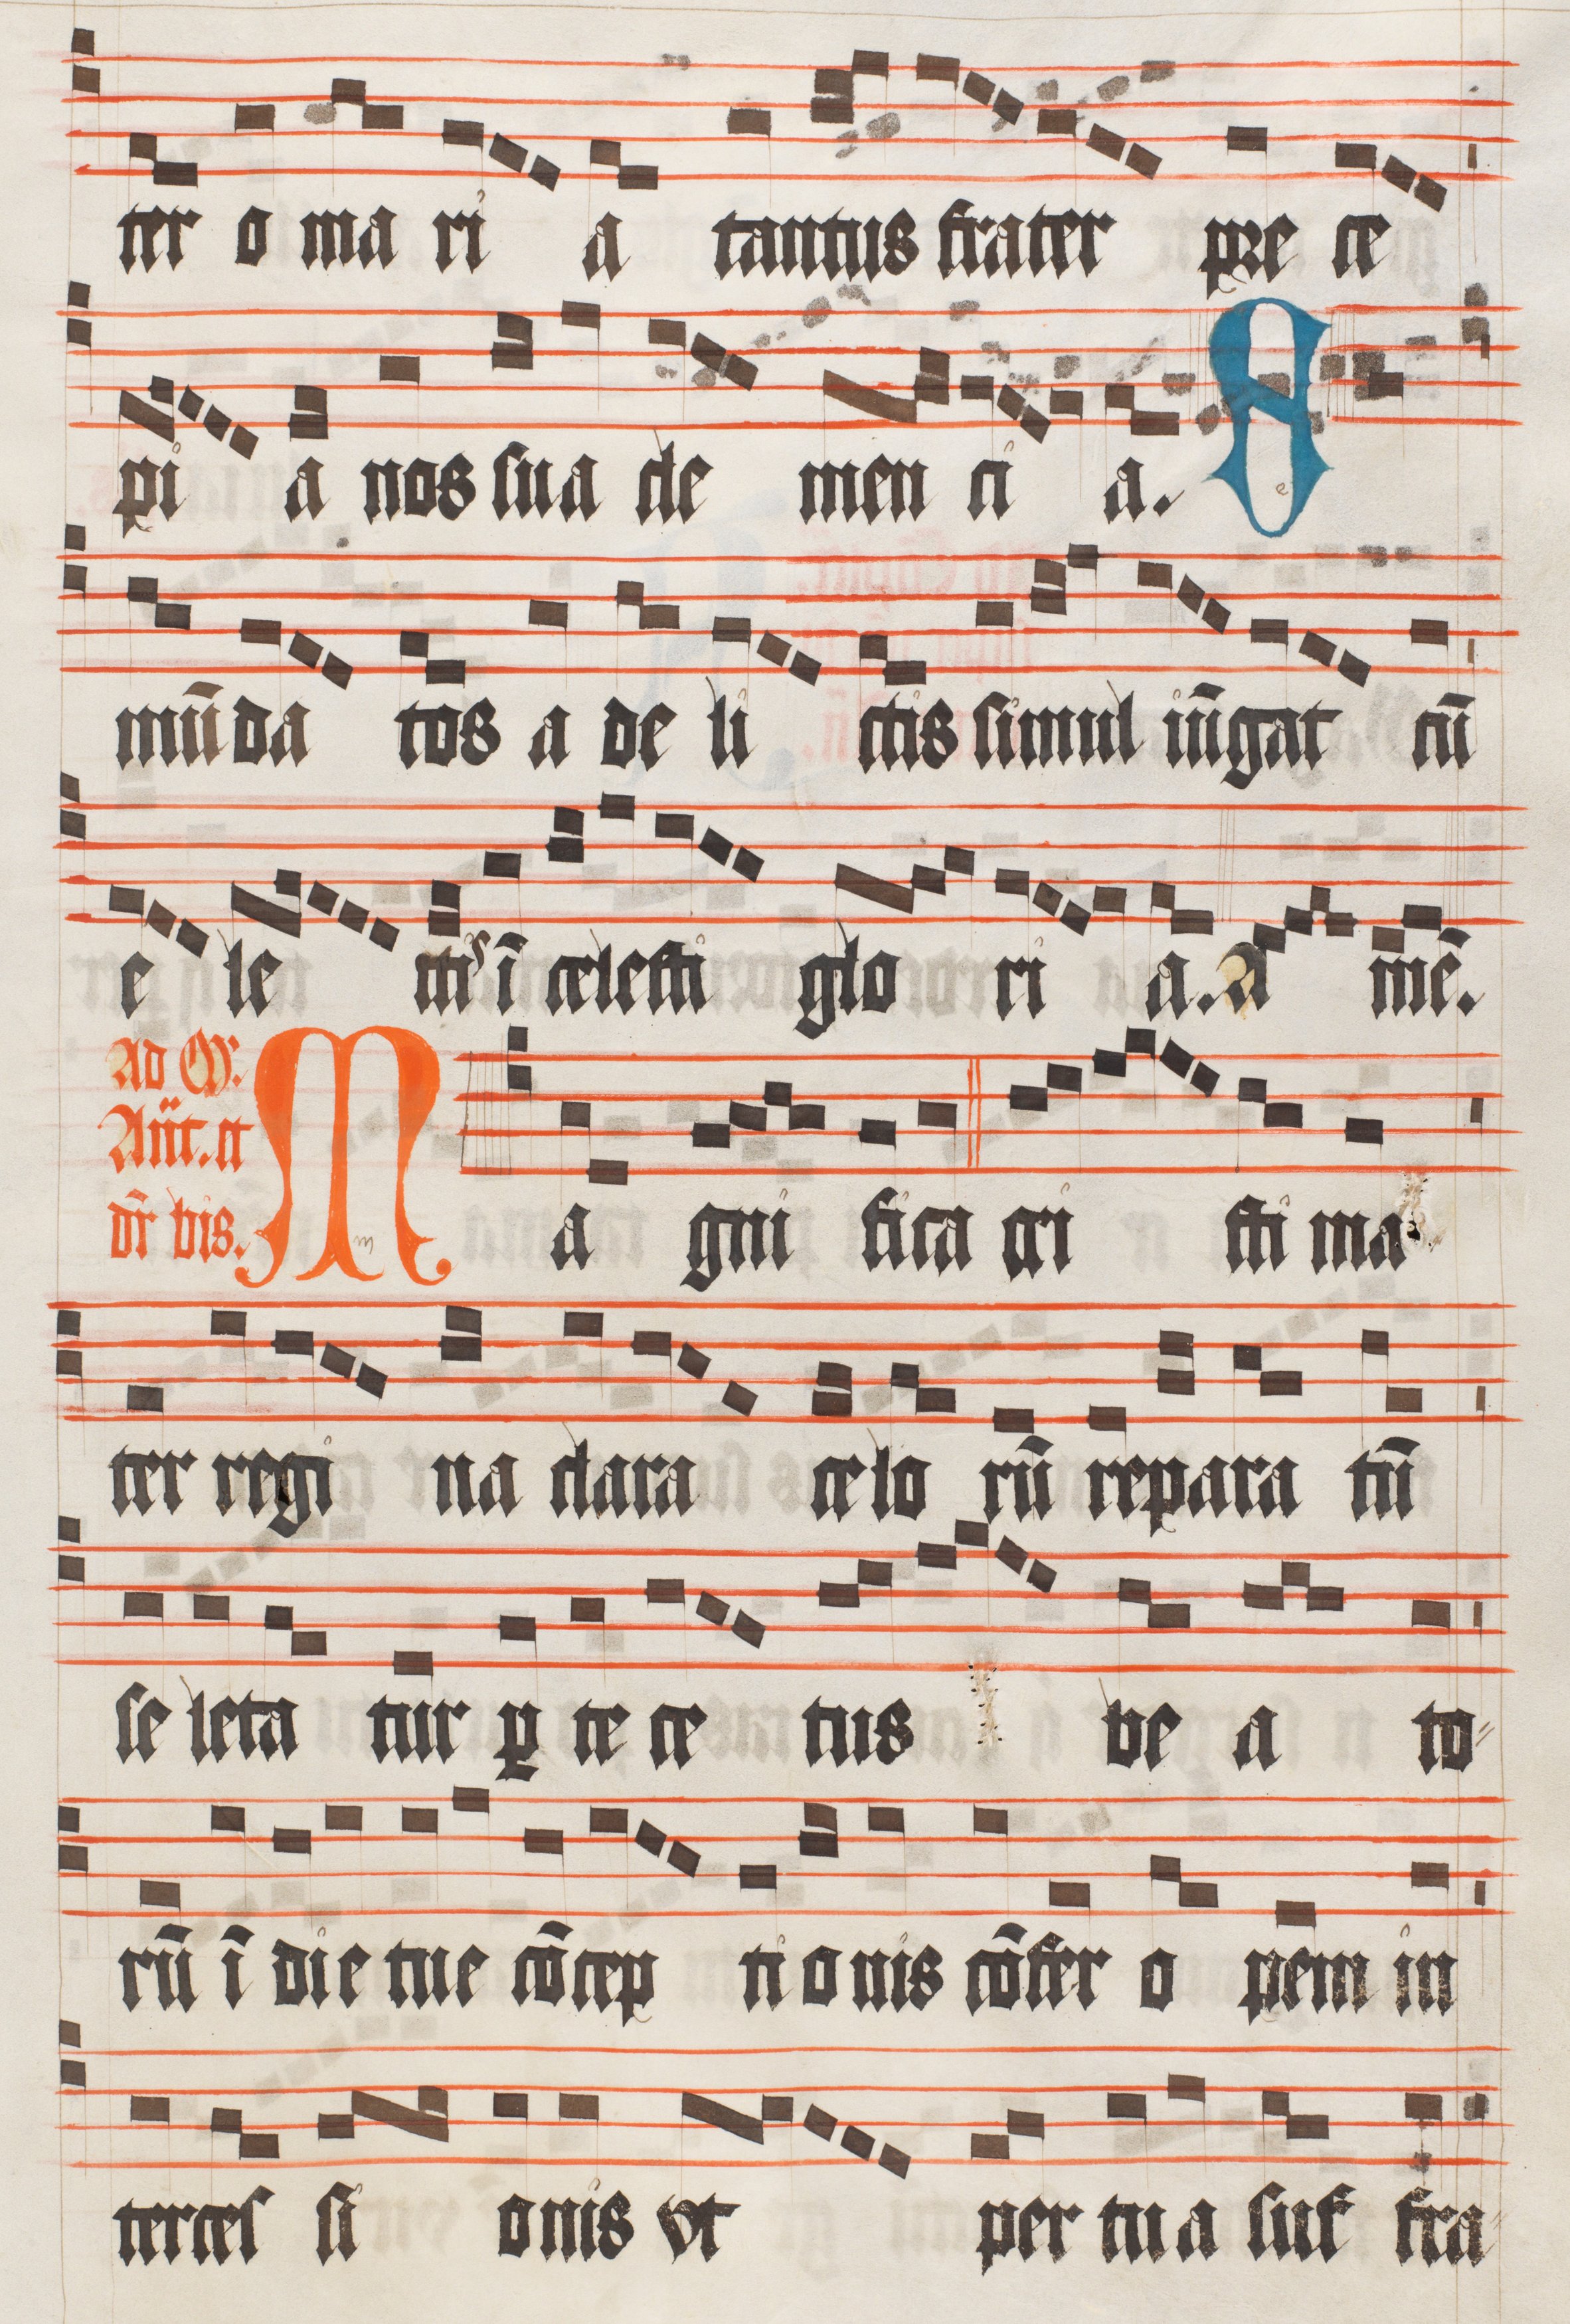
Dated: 1510–1517